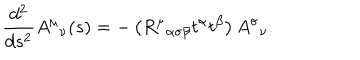
{ \frac { d ^ { 2 } } { d s ^ { 2 } } } A ^ { \mu } { } _ { \nu } ( s ) = - \left( R ^ { \mu } { } _ { \alpha \sigma \beta } t ^ { \alpha } t ^ { \beta } \right) A ^ { \sigma } { } _ { \nu } .